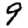
Digit: 9